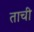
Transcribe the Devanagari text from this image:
ताची